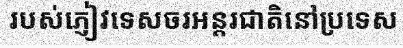
របស់ភ្ញៀវទេសចរអន្តរជាតិនៅប្រទេស